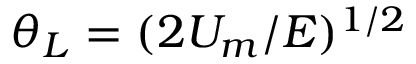
\theta _ { L } = ( 2 U _ { m } / E ) ^ { 1 / 2 }